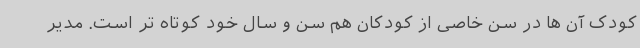
کودک آن ها در سن خاصی از کودکان هم سن و سال خود کوتاه تر است. مدیر